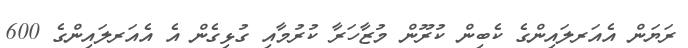
ރަޔަން އެއަރލައިންގެ ކެބިން ކުރޫން މުޒާހަރާ ކުރުމާއި ގުޅިގެން އެ އެއަރލައިންގެ 600